Report of the Indian Hemp Drugs Commission, 1894-1895 - Volume IV
Year: 1894
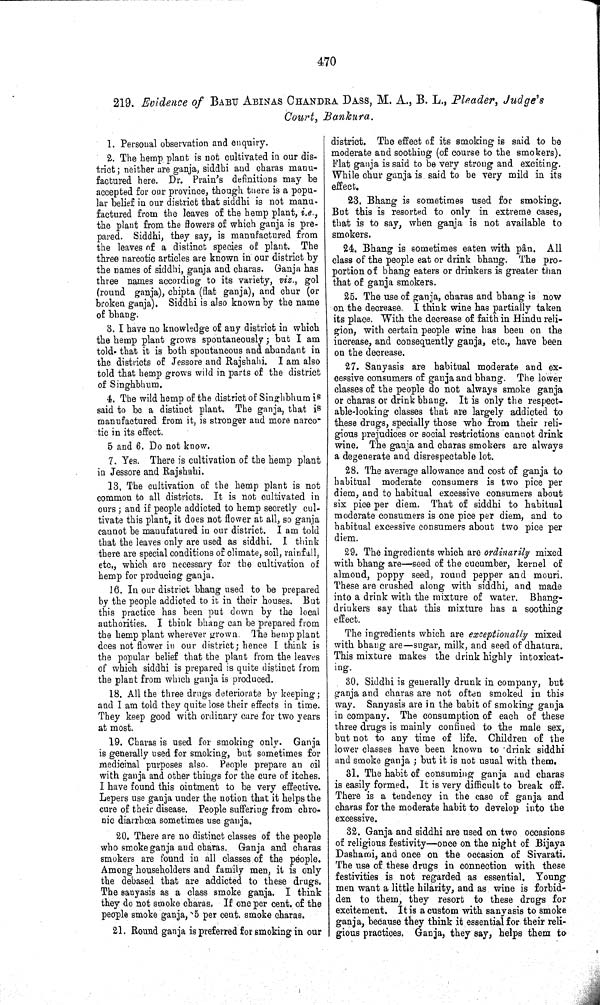
470
219. Evidence of BABU ABINAS CHANDRA DASS, M. A., B. L., Pleader, Judge's
Court, Bankura.
1. Personal observation and enquiry.
2. The hemp plant is not cultivated in our dis-
trict; neither are ganja, siddhi and charas manu-
factured here. Dr. Prain's definitions may be
accepted for our province, though there is a popu-
lar belief in our district that siddhi is not manu-
factured from the leaves of the hemp plant, i.e.,
the plant from the flowers of which ganja is pre-
pared. Siddhi, they say, is manufactured from
the leaves of a distinct species of plant. The
three narcotic articles are known in our district by
the names of siddhi, ganja and charas. Ganja has
three names according to its variety, viz., gol
(round ganja), chipta (flat ganja), and chur (or
broken ganja). Siddhi is also known by the name
of bhang.
3. I have no knowledge of any district in which
the hemp plant grows spontaneously; but I am
told that it is both spontaneous and abundant in
the districts of Jessore and Rajshahi. I am also
told that hemp grows wild in parts of the district
of Singhbhum.
4. The wild hemp of the district of Singhbhum is
said to be a distinct plant. The ganja, that is
manufactured from it, is stronger and more narco-
tic in its effect.
5 and 6. Do not know.
7. Yes. There is cultivation of the hemp plant
in Jessore and Rajshahi.
13. The cultivation of the hemp plant is not
common to all districts. It is not cultivated in
ours; and if people addicted to hemp secretly cul-
tivate this plant, it does not flower at all, so ganja
cannot be manufatured in our district. I am told
that the leaves only are used as siddhi. I think
there are special conditions of climate, soil, rainfall,
etc., which are necessary for the cultivation of
hemp for producing ganja.
16. In our district bhang used to be prepared
by the people addicted to it in their houses. But
this practice has been put down by the local
authorities. I think bhang can be prepared from
the hemp plant wherever grown. The hemp plant
does not flower in our district; hence I think is
the popular belief that the plant from the leaves
of which siddhi is prepared is quite distinct from
the plant from which ganja is produced.
18. All the three drugs deteriorate by keeping;
and I am told they quite lose their effects in time.
They keep good with ordinary care for two years
at most.
19. Charas is used for smoking only. Ganja
is generally used for smoking, but sometimes for
medicinal purposes also. People prepare an oil
with ganja and other things for the cure of itches.
I have found this ointment to be very effective.
Lepers use ganja under the notion that it helps the
cure of their disease. People suffering from chro-
nic diarrhœa sometimes use ganja.
20. There are no distinct classes of the people
who smoke ganja and charas. Ganja and charas
smokers are found in all classes of the people.
Among householders and family men, it is only
the debased that are addicted to these drugs.
The sanyasis as a class smoke ganja. I think
they do not smoke charas. If one per cent. of the
people smoke ganja, 5 per cent. smoke charas.
21. Round ganja is preferred for smoking in our
district. The effect of its smoking is said to be
moderate and soothing (of course to the smokers).
Flat ganja is said to be very strong and exciting.
While chur ganja is said to be very mild in its
effect.
23. Bhang is sometimes used for smoking.
But this is resorted to only in extreme cases,
that is to say, when ganja is not available to
smokers.
24. Bhang is sometimes eaten with pân. All
class of the people eat or drink bhang. The pro-
portion of bhang eaters or drinkers is greater than
that of ganja smokers.
25. The use of ganja, charas and bhang is now
on the decrease. I think wine has partially taken
its place. With the decrease of faith in Hindu reli-
gion, with certain people wine has been on the
increase, and consequently ganja, etc., have been
on the decrease.
27. Sanyasis are habitual moderate and ex-
cessive consumers of ganja and bhang. The lower
classes of the people do not always smoke ganja
or charas or drink bhang. It is only the respect-
able-looking classes that are largely addicted to
these drugs, specially those who from their reli-
gious prejudices or social restrictions cannot drink
wine. The ganja and charas smokers are always
a degenerate and disrespectable lot.
28. The average allowance and cost of ganja to
habitual moderate consumers is two pice per
diem, and to habitual excessive consumers about
six pice per diem. That of siddhi to habitual
moderate consumers is one pice per diem, and to
habitual excessive consumers about two pice per
diem.
29. The ingredients which are ordinarily mixed
with bhang are—seed of the cucumber, kernel of
almond, poppy seed, round pepper and mouri.
These are crushed along with siddhi, and made
into a drink with the mixture of water. Bhang-
drinkers say that this mixture has a soothing
effect.
The ingredients which are exceptionally mixed
with bhang are—sugar, milk, and seed of dhatura.
This mixture makes the drink highly intoxicat-
ing.
30. Siddhi is generally drunk in company, but
ganja and charas are not often smoked in this
way. Sanyasis are in the habit of smoking ganja
in company. The consumption of each of these
three drugs is mainly confined to the male sex,
but not to any time of life. Children of the
lower classes have been known to drink siddhi
and smoke ganja; but it is not usual with them.
31. The habit of consuming ganja and charas
is easily formed. It is very difficult to break off.
There is a tendency in the case of ganja and
charas for the moderate habit to develop into the
excessive.
32. Ganja and siddhi are used on two occasions
of religious festivity—once on the night of Bijaya
Dashami, and once on the occasion of Sivarati.
The use of these drugs in connection with these
festivities is not regarded as essential. Young
men want a little hilarity, and as wine is forbid-
den to them, they resort to these drugs for
excitement. It is a custom with sanyasis to smoke
ganja, because they think it essential for their reli-
gious practices. Ganja, they say, helps them to